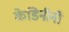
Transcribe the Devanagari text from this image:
केडिनीनी